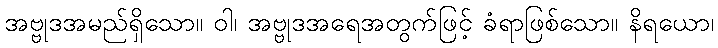
အဗ္ဗုဒအမည်ရှိသော။ ဝါ၊ အဗ္ဗုဒအရေအတွက်ဖြင့် ခံရာဖြစ်သော။ နိရယော၊